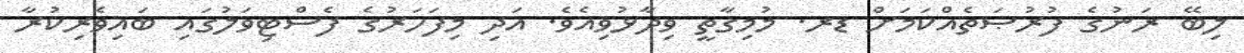
ލިބޭ ރަނުގެ ފުރުޞަތެއްކަމަށް ޑރ. މުމިގާތީ ވިދާޅުވިއެވެ. އަދި މިފަހަރުގެ ފެސްޓިވަލުގައި ބައިވެރިކުރާ